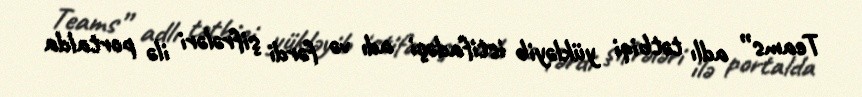
Teams” adlı tətbiqi yükləyib istifadəçi adı və fərdi şifrələri ilə portalda